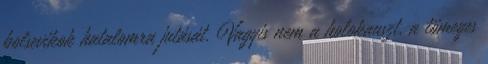
bolsevikok hatalomra jutását. Vagyis nem a holokauszt, a tömeges